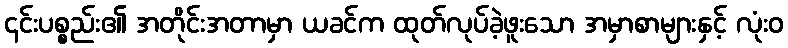
၎င်းပစ္စည်း၏ အတိုင်းအတာမှာ ယခင်က ထုတ်လုပ်ခဲ့ဖူးသော အမှာစာများနှင့် လုံးဝ